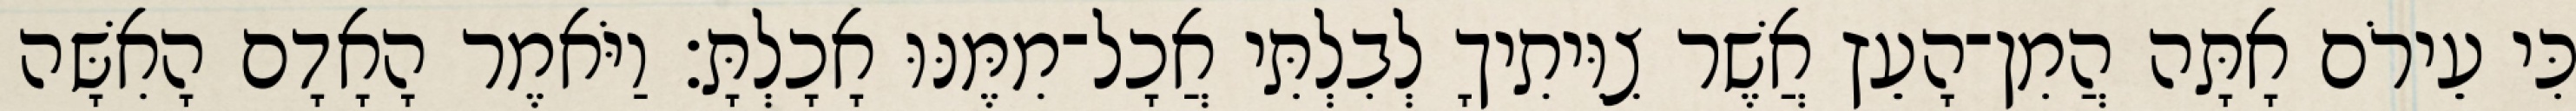
כִּי עֵירֹם אָתָּה הֲמִן־הָעֵץ אֲשֶׁר צִוִּיתִיךָ לְבִלְתִּי אֲכָל־מִמֶּנּוּ אָכָלְתָּ׃ וַיֹּאמֶר הָאָדָם הָאִשָּׁה